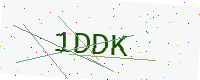
Text: 1DDK